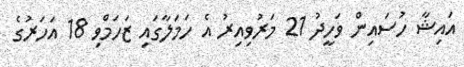
އައިޝާ ހުސައިން ވަހީދު 21 މަރުވިއިރު އެ ހަމަލާގައި ޒަހަމްވި 18 އަހަރުގެ